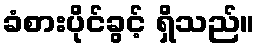
ခံစားပိုင်ခွင့် ရှိသည်။